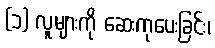
(၁) လူများကို ဆေးကုပေးခြင်း၊